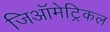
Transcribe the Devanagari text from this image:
जिऑमेट्रिकल